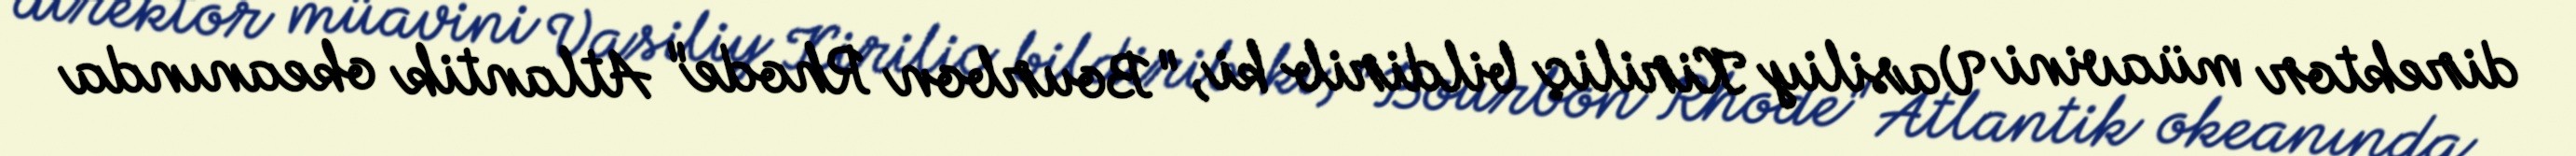
direktor müavini Vasiliy Kiriliç bildirib ki, "Bourbon Rhode" Atlantik okeanında